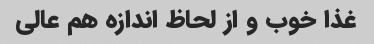
غذا خوب و از لحاظ اندازه هم عالی